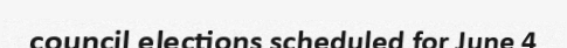
council elections scheduled for June 4